Sanitation, dispensaries and jails vaccination Rajputana 1922-1927 - 1922-1927
Year: 1922
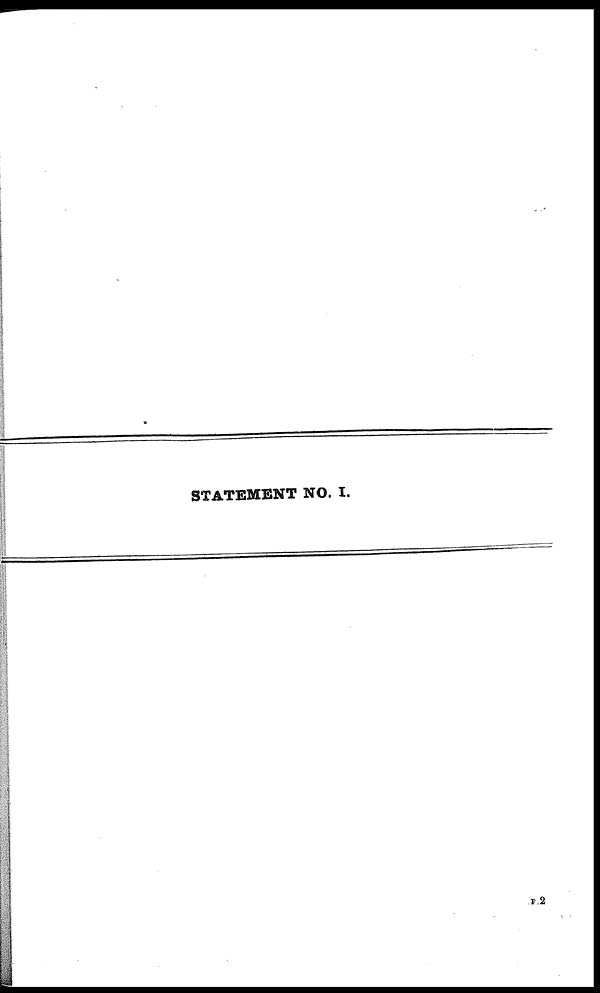
STATEMENT NO. I.
F 2